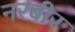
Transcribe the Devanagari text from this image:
नरबीर